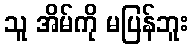
သူ အိမ်ကို မပြန်ဘူး